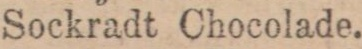
Sockradt Chocolade.